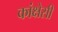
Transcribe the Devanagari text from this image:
कांक्षेसी